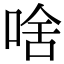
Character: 啥